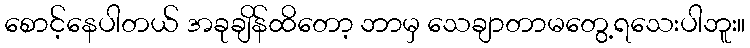
စောင့်နေပါတယ် အခုချိန်ထိတော့ ဘာမှ သေချာတာမတွေ့ရသေးပါဘူး။